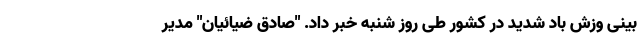
بینی وزش باد شدید در کشور طی روز شنبه خبر داد. "صادق ضیائیان" مدیر